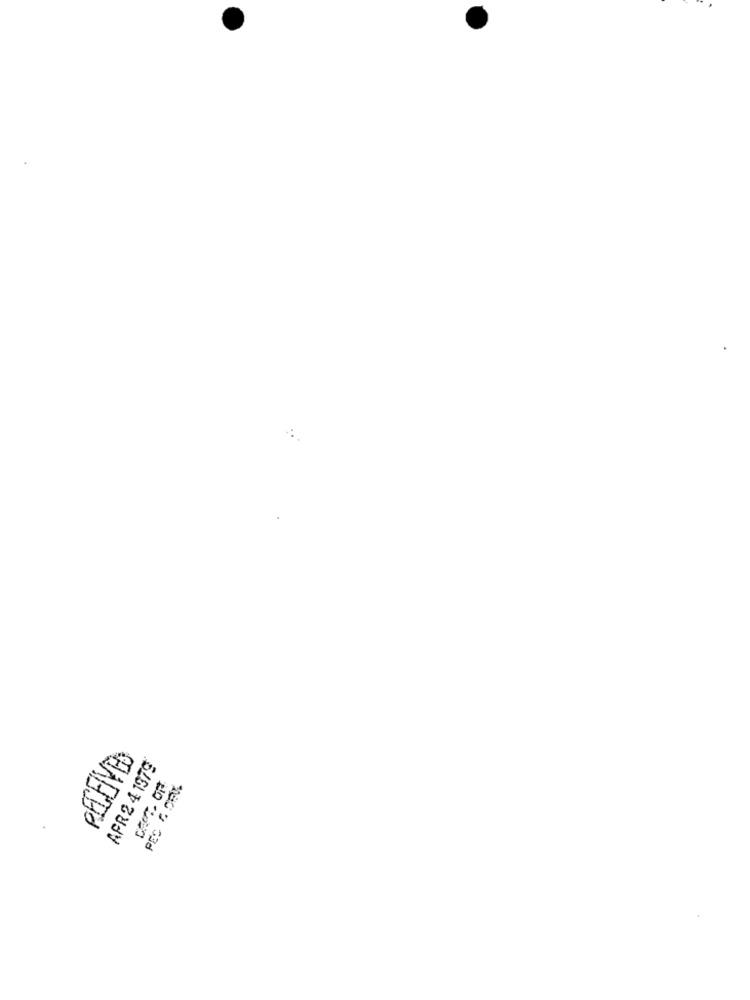
APR2 4 1379
180 0 33d